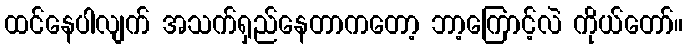
ထင်နေပါလျက် အသက်ရှည်နေတာကတော့ ဘာ့ကြောင့်လဲ ကိုယ်တော်။